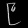
Digit: ၉